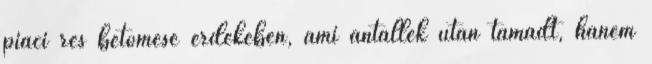
piaci rés betömése érdekében, ami antallék után támadt, hanem